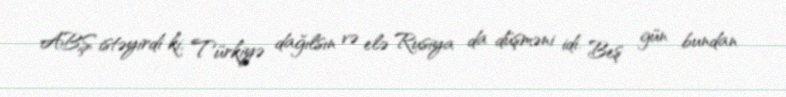
ABŞ istəyirdi ki, Türkiyə dağılsın və elə Rusiya da düşməni idi. Beş gün bundan